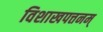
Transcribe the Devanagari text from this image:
विशाखपत्तनम्